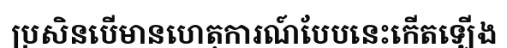
ប្រសិនបើមានហេតុការណ៍បែបនេះកើតឡើង